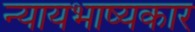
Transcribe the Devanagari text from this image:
न्यायभाष्यकार